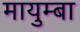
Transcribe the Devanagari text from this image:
मायुम्बा